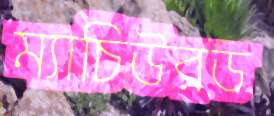
ম্যাচিউরড